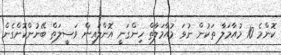
ކޮންމެ 10 މުއާމަލާ ތަކުން ނުވަ މުއާމަލާތް ހިންގަނީ އޮންލައިން ވަސީލަތް ބޭނުންކޮށްގެން